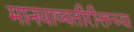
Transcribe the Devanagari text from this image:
मानवाव्यतीरीक्तच्या